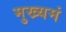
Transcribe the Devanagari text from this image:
मुख्यमं